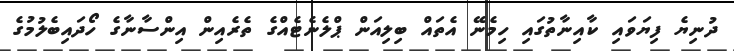
ދުނިޔެ ފިޔަވައި ކާއިނާތުގައި ހިމެނޭ އެތައް ބިލިއަން ޕްލެނެޓެއްގެ ތެރެއިން އިންސާނާގެ ހޯދައިބެލުމުގެ